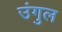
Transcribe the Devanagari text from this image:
उंगुल